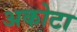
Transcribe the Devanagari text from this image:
अकोटा